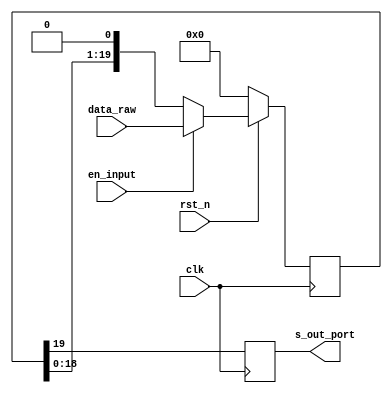
/**************************************************************** 
  ** Title : 20bit output register
  ** Project :  full-search block matching algorithm on VLSI
***************************************************************** 
  ** Organization: sjtu
  ** Created :  
  ** Last update : 
  ** Platform : 
  ** Simulators : 
  ** Synthesizers: 
  ** Targets : 
  ** Dependency :  
***************************************************************** 
  ** Description:  
***************************************************************** 
  ** Copyright (c) notice  
*****************************************************************/ 
module mem20(
    input                       clk,
    input                       en_input,
    input                       rst_n,
    input       [19:0]          data_raw,
    output reg                  s_out_port
);

reg [19:0]  buffer20;

always @ (posedge clk)
begin
    if(rst_n)
    begin
        if(en_input) buffer20 <= data_raw;
        else buffer20 <= buffer20 << 1;
    end
    else
    begin
        buffer20 <= 20'b0;
    end
end

always @ (posedge clk)
begin
    s_out_port <= buffer20[19];
end

endmodule